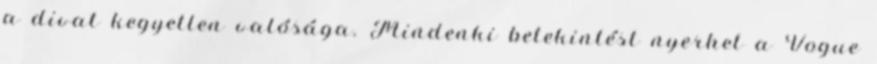
a divat kegyetlen valósága. Mindenki betekintést nyerhet a Vogue